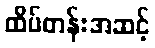
ထိပ်တန်းအဆင့်